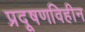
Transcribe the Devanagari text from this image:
प्रदूषणविहीन